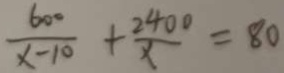
\frac { 6 0 0 } { x - 1 0 } + \frac { 2 4 0 0 } { x } = 8 0